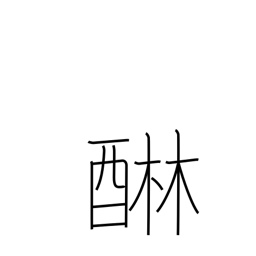
Meaning: remove astringency